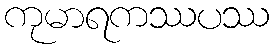
ကုမာရကဿပဿ